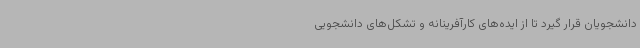
دانشجویان قرار گیرد تا از ایده‌های کارآفرینانه و تشکل‌های دانشجویی